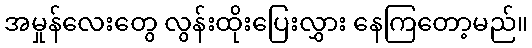
အမှုန်လေးတွေ လွန်းထိုးပြေးလွှား နေကြတော့မည်။